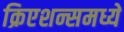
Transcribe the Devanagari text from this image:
क्रिएशन्समध्ये